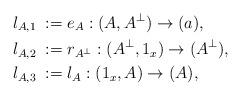
LaTeX: \begin{align*}l_{A,1} & \; := e_A : (A, A^\bot) \to (a), \\l_{A,2} & \; := r_{A^\bot} : (A^\bot, 1_x) \to (A^\bot), \\l_{A,3} & \; := l_A : (1_x, A) \to (A),\end{align*}